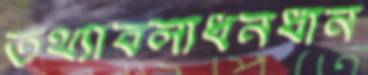
তথ্যাবলীধনধান